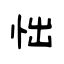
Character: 㤕